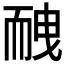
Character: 𦓕